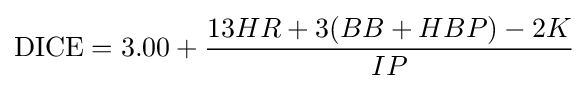
{\text{DICE}}=3.00+{\frac {13HR+3(BB+HBP)-2K}{IP}}